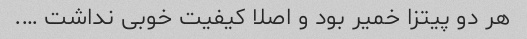
هر دو پیتزا خمیر بود و اصلا کیفیت خوبی نداشت ….